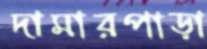
দামারপাড়া